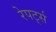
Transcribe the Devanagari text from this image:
रेपर्ट्स